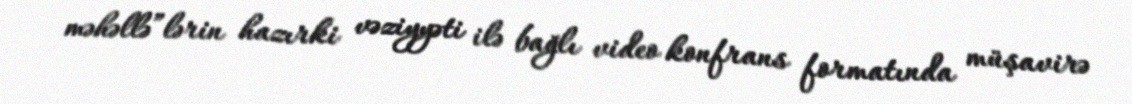
məhəllə”lərin hazırki vəziyyəti ilə bağlı video konfrans formatında müşavirə